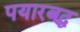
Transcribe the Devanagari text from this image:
पयारबद्ध